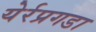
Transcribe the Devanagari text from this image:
येर्रप्रगडा